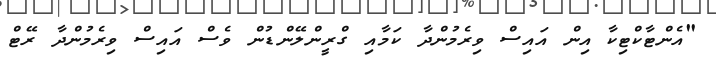
"އެންޓާކްޓިކާ އިން އައިސް ވިރެމުންދާ ކަމާއި ގްރީންލޭންޑުން ވެސް އައިސް ވިރެމުންދާ ރޭޓް